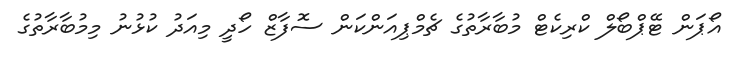
އޯޕަން ޓޭޕްބޯލް ކްރިކެޓް މުބާރާތުގެ ޗެމްޕިއަންކަން ސޮފާޒް ހޯދީ މިއަދު ކުޅުނު މިމުބާރާތުގެ